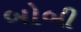
બોબી